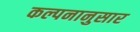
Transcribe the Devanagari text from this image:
कल्पनानुसार